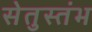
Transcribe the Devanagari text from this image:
सेतुस्तंभ